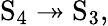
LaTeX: \mathrm{S}_{4}\twoheadrightarrow\mathrm{S}_{3},